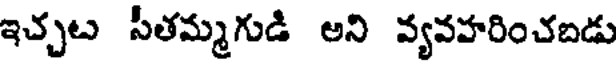
ఇచ్చట సీతమ్మగుడి అని వ్యవహరించబడు